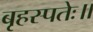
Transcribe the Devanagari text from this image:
बृहस्पतेः॥